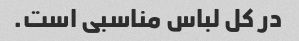
در کل لباس مناسبی است.